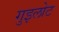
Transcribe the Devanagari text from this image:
गुइलोट